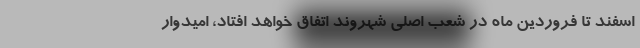
اسفند تا فروردین ماه در شعب اصلی شهروند اتفاق خواهد افتاد، امیدوار